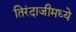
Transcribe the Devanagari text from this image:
तिरंदाजीमध्ये